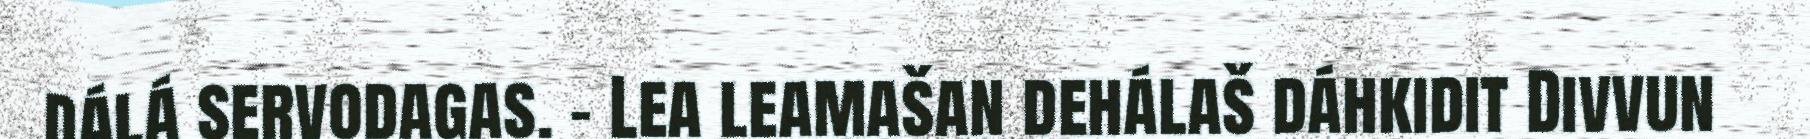
dálá servodagas. - Lea leamašan dehálaš dáhkidit Divvun